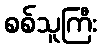
စစ်သူကြီး